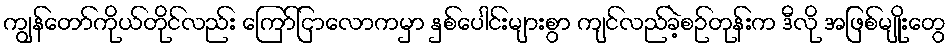
ကျွန်တော်ကိုယ်တိုင်လည်း ကြော်ငြာလောကမှာ နှစ်ပေါင်းများစွာ ကျင်လည်ခဲ့စဉ်တုန်းက ဒီလို အဖြစ်မျိုးတွေ